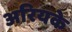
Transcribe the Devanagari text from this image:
अरियके